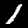
Label: 1